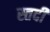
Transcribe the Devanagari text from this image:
स्तदी